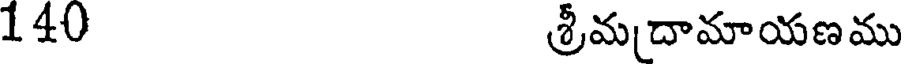
140 శ్రీమదామాయణము